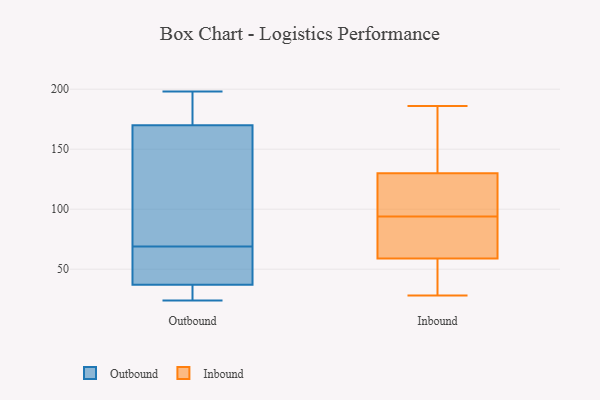
{"axis": {"x": "Tickets Resolved", "y": "Value"}, "legend": ["Inbound", "Outbound"], "data": [{"x": "", "y": 62, "type": "Outbound"}, {"x": "", "y": 28, "type": "Outbound"}, {"x": "", "y": 198, "type": "Outbound"}, {"x": "", "y": 26, "type": "Outbound"}, {"x": "", "y": 170, "type": "Outbound"}, {"x": "", "y": 170, "type": "Outbound"}, {"x": "", "y": 182, "type": "Outbound"}, {"x": "", "y": 49, "type": "Outbound"}, {"x": "", "y": 33, "type": "Outbound"}, {"x": "", "y": 163, "type": "Outbound"}, {"x": "", "y": 51, "type": "Outbound"}, {"x": "", "y": 24, "type": "Outbound"}, {"x": "", "y": 69, "type": "Outbound"}, {"x": "", "y": 166, "type": "Outbound"}, {"x": "", "y": 178, "type": "Outbound"}, {"x": "", "y": 152, "type": "Inbound"}, {"x": "", "y": 100, "type": "Inbound"}, {"x": "", "y": 186, "type": "Inbound"}, {"x": "", "y": 128, "type": "Inbound"}, {"x": "", "y": 185, "type": "Inbound"}, {"x": "", "y": 115, "type": "Inbound"}, {"x": "", "y": 77, "type": "Inbound"}, {"x": "", "y": 85, "type": "Inbound"}, {"x": "", "y": 130, "type": "Inbound"}, {"x": "", "y": 186, "type": "Inbound"}, {"x": "", "y": 75, "type": "Inbound"}, {"x": "", "y": 37, "type": "Inbound"}, {"x": "", "y": 59, "type": "Inbound"}, {"x": "", "y": 42, "type": "Inbound"}, {"x": "", "y": 28, "type": "Inbound"}, {"x": "", "y": 88, "type": "Inbound"}, {"x": "", "y": 53, "type": "Inbound"}, {"x": "", "y": 105, "type": "Inbound"}]}